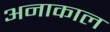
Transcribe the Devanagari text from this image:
अनाकाल